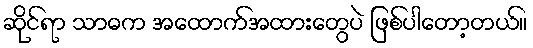
ဆိုင်ရာ သာဓက အထောက်အထားတွေပဲ ဖြစ်ပါတော့တယ်။